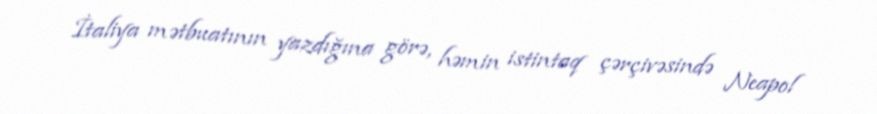
İtaliya mətbuatının yazdığına görə, həmin istintaq çərçivəsində Neapol